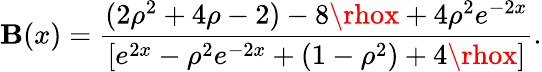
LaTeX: \mathbf{B}(x)=\frac{{(2\rho^{2}+4\rho-2)-8\rhox+4\rho^{2}e^{-2x}}}{{[e^{2x}-\rho^{2}e^{-2x}+(1-\rho^{2})+4\rhox]}}.